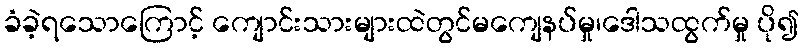
ခံခဲ့ရသောကြောင့် ကျောင်းသားများထဲတွင်မကျေနပ်မှု၊ဒေါသထွက်မှု ပို၍